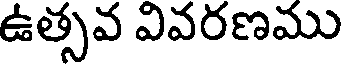
ఉత్సవ వివరణము